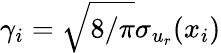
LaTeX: \gamma_{i}=\sqrt{8/\pi}\sigma_{u_{r}}(x_{i})